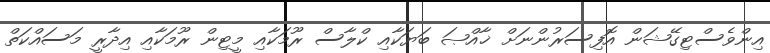
އިންވެސްޓިގޭޝަން އޮފިސަރުންނަށް ޚާއްޞަ ބަޔަކާއި ކްލާސް ރޫމަކާއި މީޓިން ރޫމަކާއި އިދާރީ މަސައްކަތް